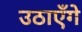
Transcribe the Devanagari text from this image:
उठाएँगे